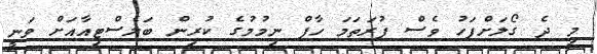
މި ދެ ގޯލަށްފަހު ވެސް ފުރަތަމަ ހާފް ނިމުމުގެ ކުރިން ބަލެސްޓިއާއަށް ވަނީ